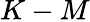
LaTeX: K-M